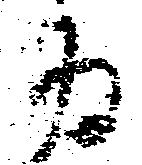
為